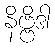
နိဗ္ဗိဒါ